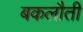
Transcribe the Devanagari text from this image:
बकलौती